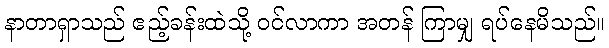
နာတာရှာသည် ဧည့်ခန်းထဲသို့ ဝင်လာကာ အတန် ကြာမျှ ရပ်နေမိသည်။